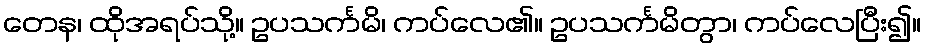
တေန၊ ထိုအရပ်သို့။ ဥပသင်္ကမိ၊ ကပ်လေ၏။ ဥပသင်္ကမိတွာ၊ ကပ်လေပြီး၍။